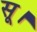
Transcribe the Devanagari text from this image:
सू।